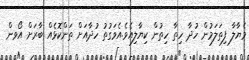
މެޔާލާ ފިތަލަމުން ހުދާ ހިތާ ހިތުން ކިޔާލިއެވެ.އެވަގުތު ހުދާއަށް ތަންކޮޅެއް ބާރަށް އޯވން